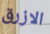
الازرق